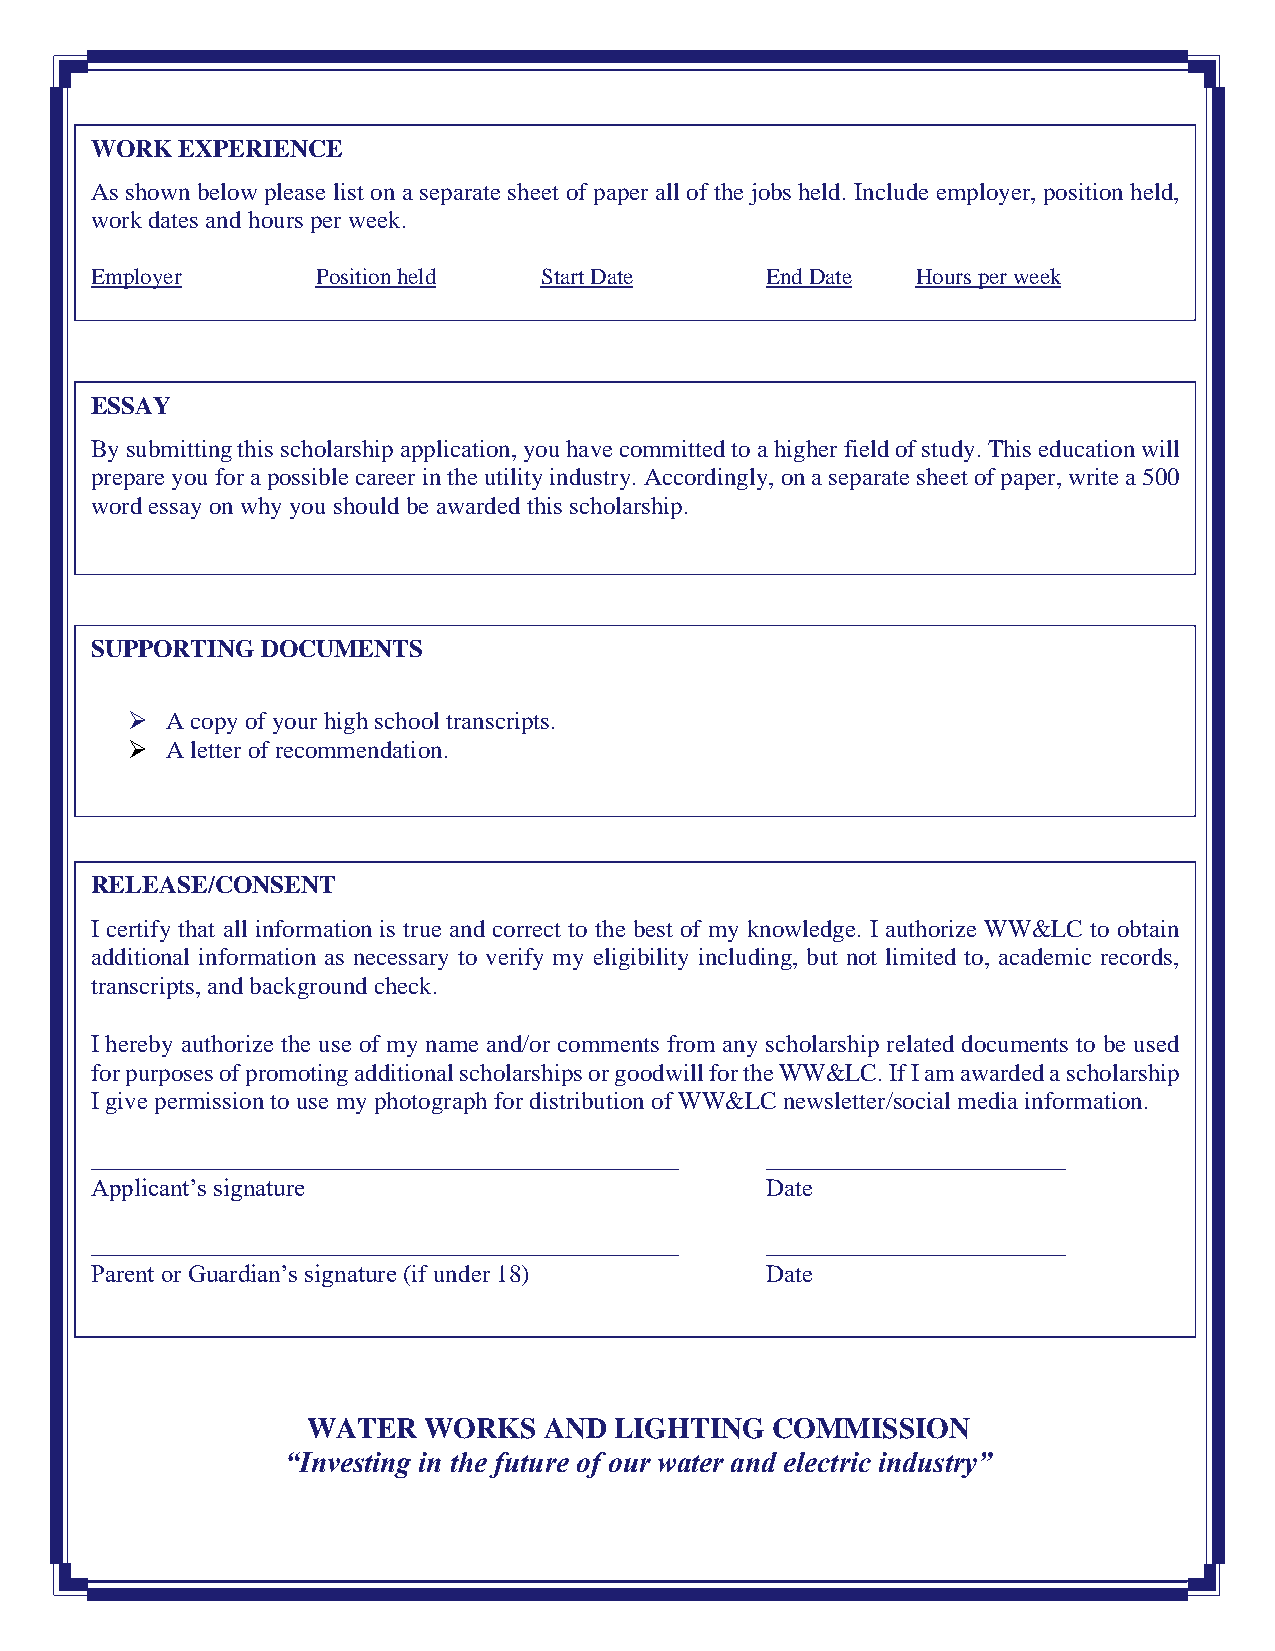
WORK  EXPERIENCE
 As shown below please list on a separate sheet of paper all of the jobs held. Include employer, position held,
 work dates and hours per week.
 Employer       Position held  Start Date     End Date  Hours per week
 ESSAY
 By submitting this scholarship application, you have committed to a higher field of study. This education will
 prepare you for a possible career in the utility industry. Accordingly, on a separate sheet of paper, write a 500
 word essay on why you should be awarded this scholarship.
 SUPPORTING DOCUMENTS
 ➢  A copy of your high school transcripts.
 ➢  A letter of recommendation.
 RELEASE/CONSENT
 I certify that all information is true and correct to the best of my knowledge. I authorize WW&LC to obtain
 additional information as necessary to verify my eligibility including, but not limited to, academic records,
 transcripts, and background check.
 I hereby authorize the use of my name and/or comments from any scholarship related documents to be used
 for purposes of promoting additional scholarships or goodwill for the WW&LC. If I am awarded a scholarship
 I give permission to use my photograph for distribution of WW&LC newsletter/social media information.
 _______________________________________________ ________________________
 Applicant’s signature                        Date
 _______________________________________________ ________________________
 Parent or Guardian’s signature (if under 18) Date
 WATER   WORKS   AND  LIGHTING  COMMISSION
 “Investing in the future of our water and electric industry”